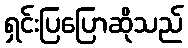
ရှင်းပြပြောဆိုသည်